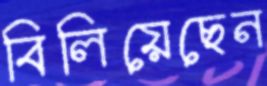
বিলিয়েছেন